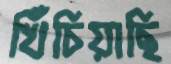
খিঁচিয়াছি